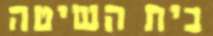
בית השיטה